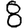
Digit: 8